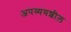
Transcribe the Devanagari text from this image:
अपव्ययशील